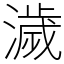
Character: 濊